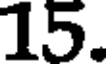
15.